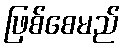
ဖြစ်စေမည်